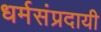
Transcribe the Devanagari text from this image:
धर्मसंप्रदायी